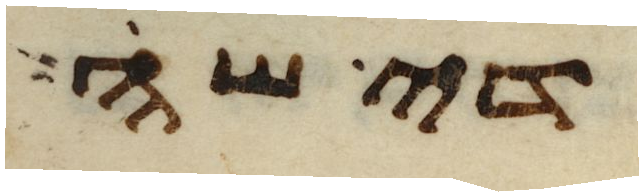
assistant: די שה